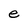
Character: e